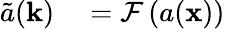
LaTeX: \begin{array}{rl}{\tilde{a}(\mathbf{k})}&{{}=\mathcal{F}\left(a(\mathbf{x})\right)}\end{array}